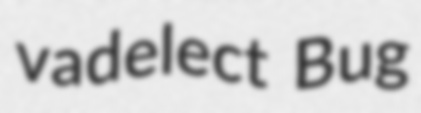
vadelect Bug